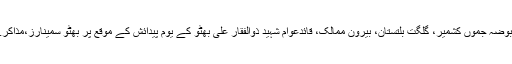
پاکستان کے چاروں صوبوں، آزاد کشمیر،مقبوضہ جموں کشمیر، گلگت بلتستان، بیرون ممالک، قائدعوام شہید ذوالفقار علی بھٹو کے یوم پیدائش کے موقع پر بھٹو سمینارز،مذاکرے ،مجالس اور قومی تقریبات منعقد ہوں گی۔